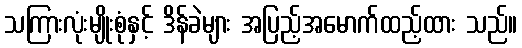
သကြားလုံးမျိုးစုံနှင့် ဒိန်ခဲများ အပြည့်အမောက်ထည့်ထား သည်။